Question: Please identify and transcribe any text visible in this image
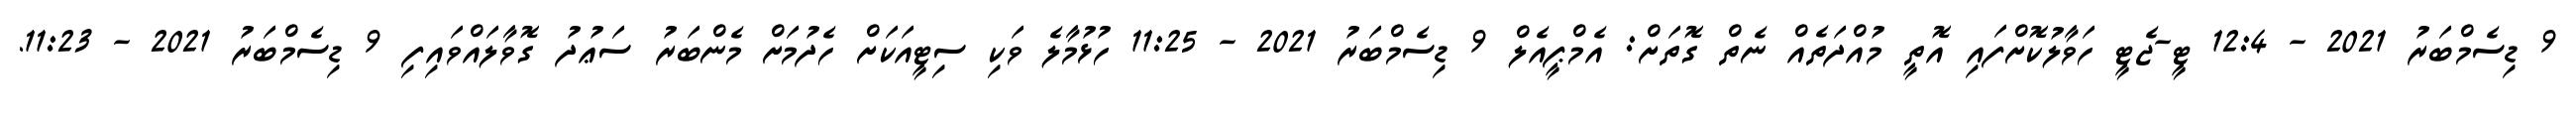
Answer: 9 ޑިސެމްބަރު 2021 - 12:4 ޓީ-ޖެޓީ ހަވާލުކޮށްފައި އޮތީ މުއްދަތެއް ނެތް ގޮތަށް: އެމްޕީއެލް 9 ޑިސެމްބަރު 2021 - 11:25 ހުޅުމާލެ ވަކި ސިޓީއަކަށް ހެދުމަށް މެންބަރު ސަޢުދު ގޮވާލައްވައިފި 9 ޑިސެމްބަރު 2021 - 11:23.